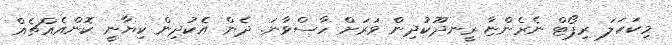
މިކަހަލަ ރިޕޯޓް ނެރެންޏާ ރީނދޫކުދިން ވަރަށް ހާސްވާނަ. ދެން އެކުދިން ކިޔާނީ ކޮންއެއްޗެއް